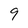
Character: 9